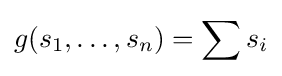
g(s_{1},\ldots ,s_{n})=\sum s_{i}